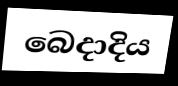
බෙදාදිය